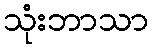
သုံးဘာသာ